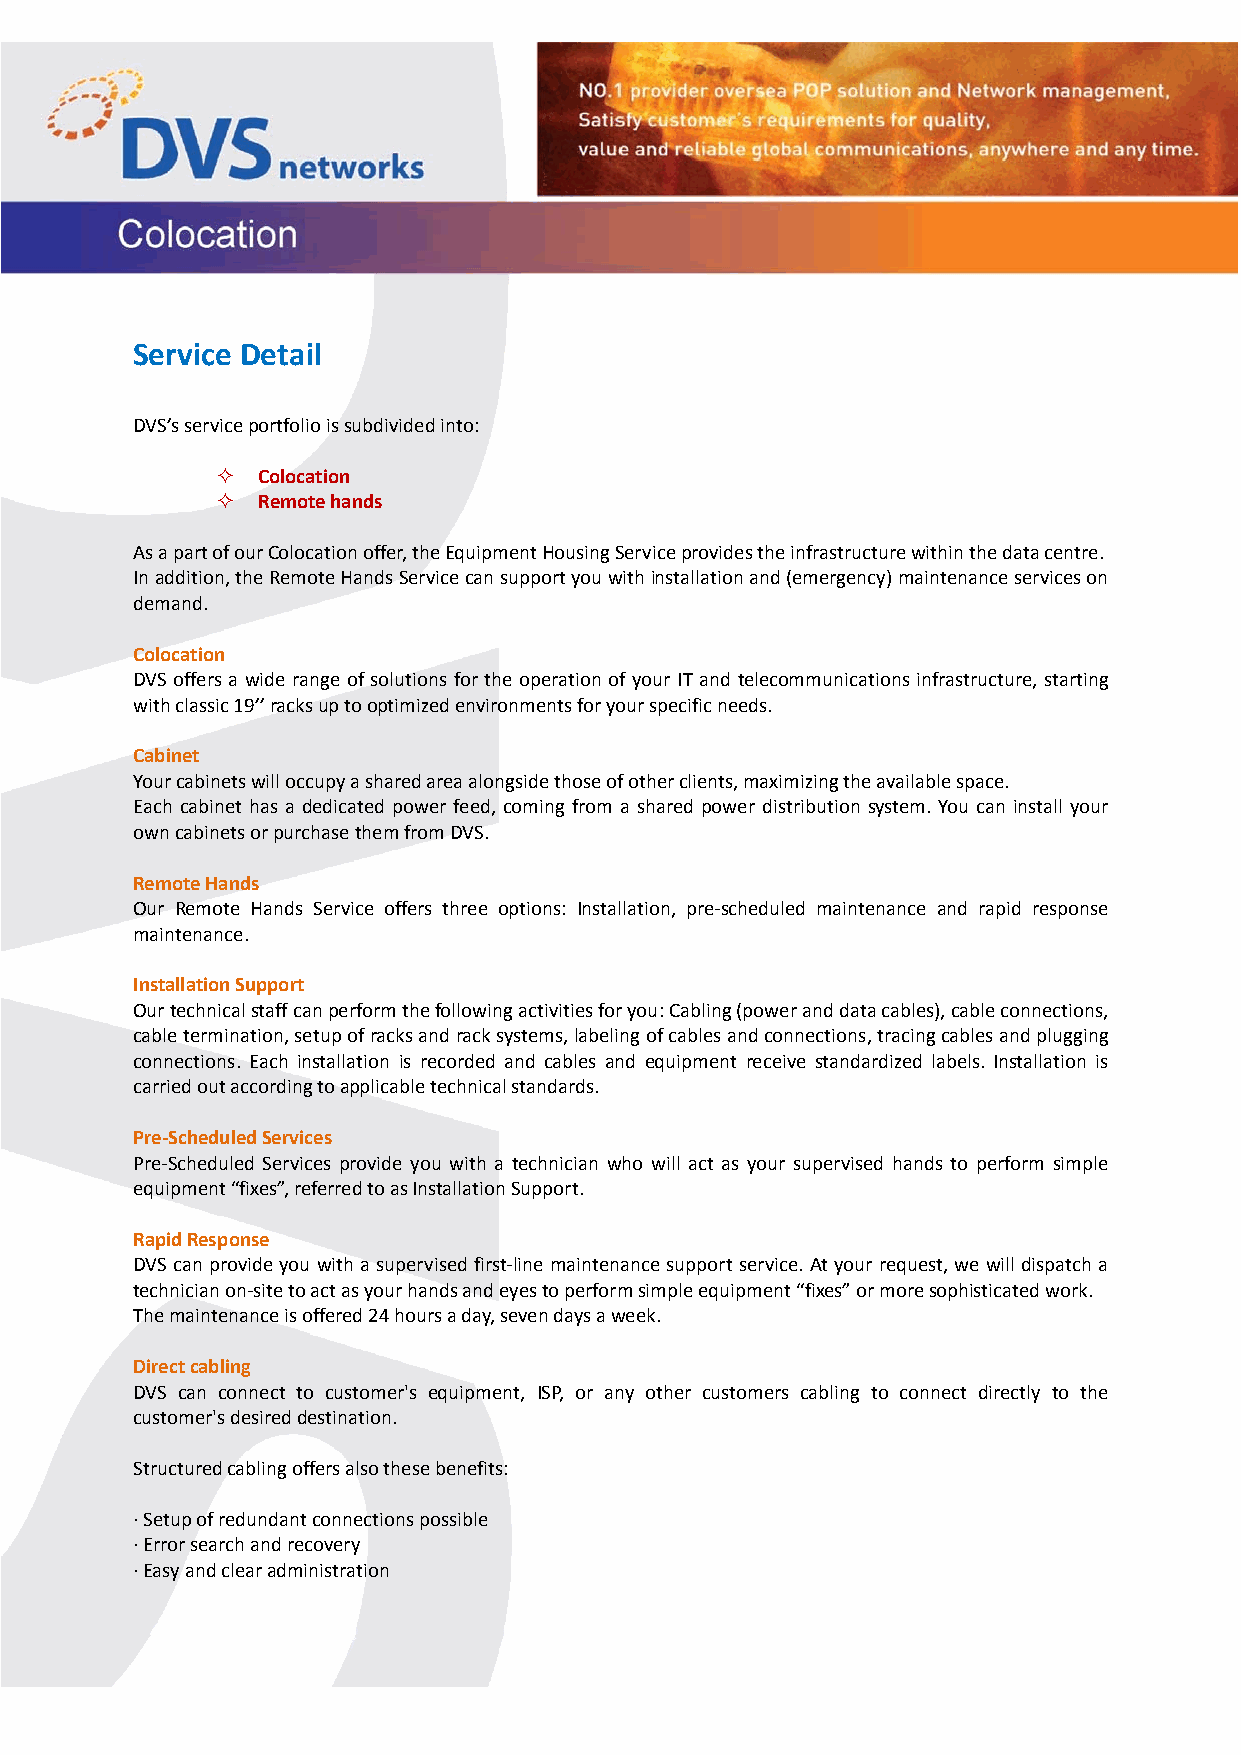
Service Detail
 DVS’s service portfolio is subdivided into:
   Colocation
   Remote hands
 As a part of our Colocation offer, the Equipment Housing Service provides the infrastructure within the data centre.
 In addition, the Remote Hands Service can support you with installation and (emergency) maintenance services on
 demand.
 Colocation
 DVS offers a wide range of solutions for the operation of your IT and telecommunications infrastructure, starting
 with classic 19’’ racks up to optimized environments for your specific needs.
 Cabinet
 Your cabinets will occupy a shared area alongside those of other clients, maximizing the available space.
 Each cabinet has a dedicated power feed, coming from a shared power distribution system. You can install your
 own cabinets or purchase them from DVS.
 Remote Hands
 Our Remote Hands Service offers three options: Installation, pre‐scheduled maintenance and rapid response
 maintenance.
 Installation Support
 Our technical staff can perform the following activities for you: Cabling (power and data cables), cable connections,
 cable termination, setup of racks and rack systems, labeling of cables and connections, tracing cables and plugging
 connections. Each installation is recorded and cables and equipment receive standardized labels. Installation is
 carried out according to applicable technical standards.
 Pre‐Scheduled Services
 Pre‐Scheduled Services provide you with a technician who will act as your supervised hands to perform simple
 equipment “fixes”, referred to as Installation Support.
 Rapid Response
 DVS can provide you with a supervised first‐line maintenance support service. At your request, we will dispatch a
 technician on‐site to act as your hands and eyes to perform simple equipment “fixes” or more sophisticated work.
 The maintenance is offered 24 hours a day, seven days a week.
 Direct cabling
 DVS can connect to customer's equipment, ISP, or any other customers cabling to connect directly to the
 customer's desired destination.
 Structured cabling offers also these benefits:
 ∙ Setup of redundant connections possible
 ∙ Error search and recovery
 ∙ Easy and clear administration